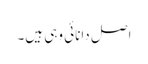
اصل دانائی وہی ہیں۔